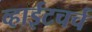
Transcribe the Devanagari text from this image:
व्हाईटचर्च